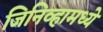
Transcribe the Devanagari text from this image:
जिनिव्हामध्ये